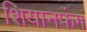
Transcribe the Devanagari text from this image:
शियानफंग